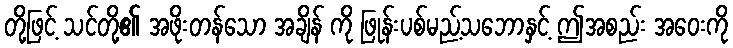
တို့ဖြင့် သင်တို့၏ အဖိုးတန်သော အချိန် ကို ဖြုန်းပစ်မည့်သဘောနှင့် ဤအစည်း အဝေးကို